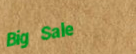
Big Sale